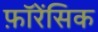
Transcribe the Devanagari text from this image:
फ़ॉरेंसिक